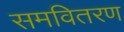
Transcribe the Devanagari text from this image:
समवितरण